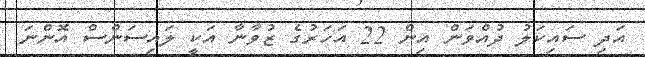
އަދި ސައިކަލު ދުއްވަން އިން 22 އަހަރުގެ ޒުވާނާ އަކީ ލައިސަންސް އޮންނަ